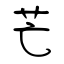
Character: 芒